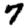
Digit: 7